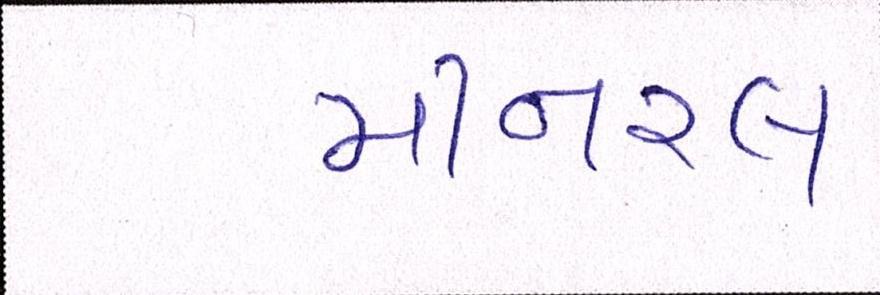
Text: મીનરલ